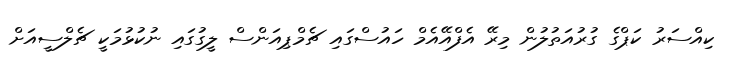
ކިއްސަރު ކަޕްގެ ގުރުއަތުލުން މިރޭ އެފްއޭއެމް ހައުސްގައި ޗެމްޕިއަންސް ލީގުގައި ނުކުޅުމަކީ ޗެލްސީއަށް